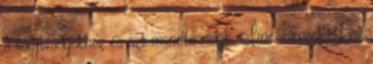
a tanítványokhoz és azt mondta nekik: Íme, elközelgett az